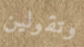
وتقولين